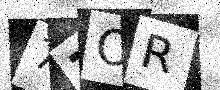
Text: 7ZOR